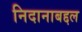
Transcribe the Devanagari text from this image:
निदानाबद्दल